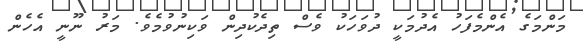
މަންމަގެ އެންމެފަހު އެދުމަކީ ދުވަހަކު ވެސް ތިދެކުދިން ވަކިނުވުމެވެ. މަރު ނޫނީ އެހެން